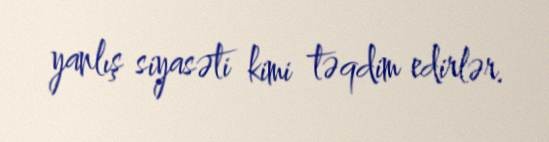
yanlış siyasəti kimi təqdim edirlər.